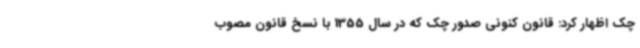
چک اظهار کرد: قانون کنونی صدور چک که در سال 1355 با نسخ قانون مصوب